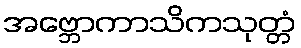
အဗ္ဘောကာသိကသုတ္တံ